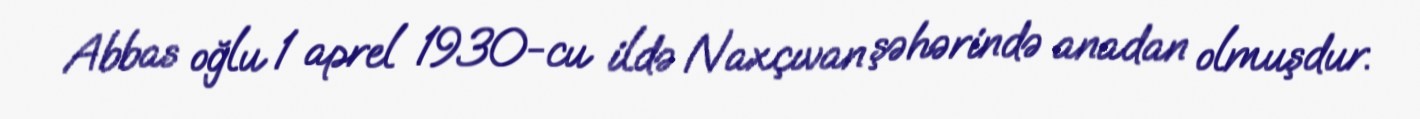
Abbas oğlu 1 aprel 1930-cu ildə Naxçıvan şəhərində anadan olmuşdur.